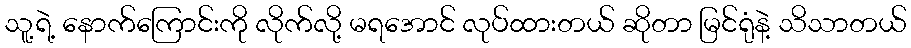
သူ့ရဲ့ နောက်ကြောင်းကို လိုက်လို့ မရအောင် လုပ်ထားတယ် ဆိုတာ မြင်ရုံနဲ့ သိသာတယ်